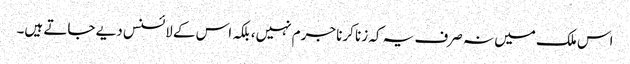
اس ملک میں نہ صرف یہ کہ زنا کرنا جرم نہیں، بلکہ اس کے لائسنس دیے جاتے ہیں۔